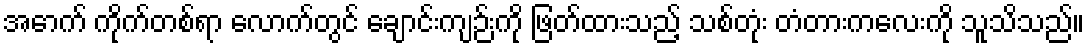
အောက် ကိုက်တစ်ရာ လောက်တွင် ချောင်းကျဉ်းကို ဖြတ်ထားသည့် သစ်တုံး တံတားကလေးကို သူသိသည်။